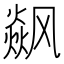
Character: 𮸼